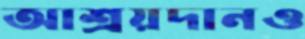
আশ্রয়দানও